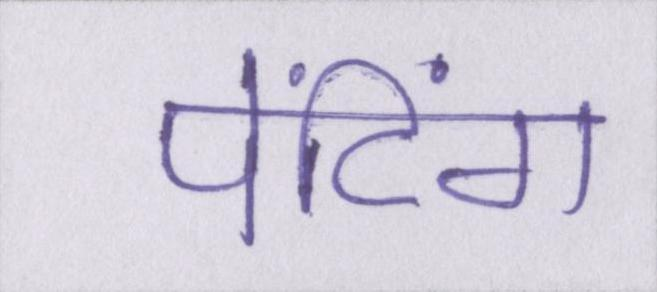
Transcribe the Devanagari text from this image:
पेंटिंग